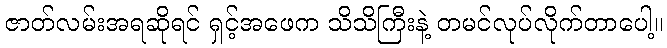
ဇာတ်လမ်းအရဆိုရင် ရှင့်အဖေက သိသိကြီးနဲ့ တမင်လုပ်လိုက်တာပေါ့။